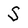
Character: S